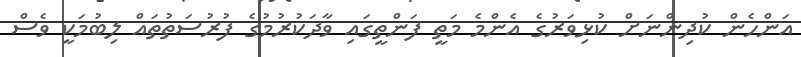
އަންހެން ކުދިންނަށް ކުޅިވަރުގެ އެންމެ މަތީ ފަންތީގައި ވާދަކުރުމުގެ ފުރުސަތުތައް ލިބުމަކީ ވެސް